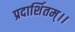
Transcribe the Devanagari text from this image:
प्रदार्शितम्।।